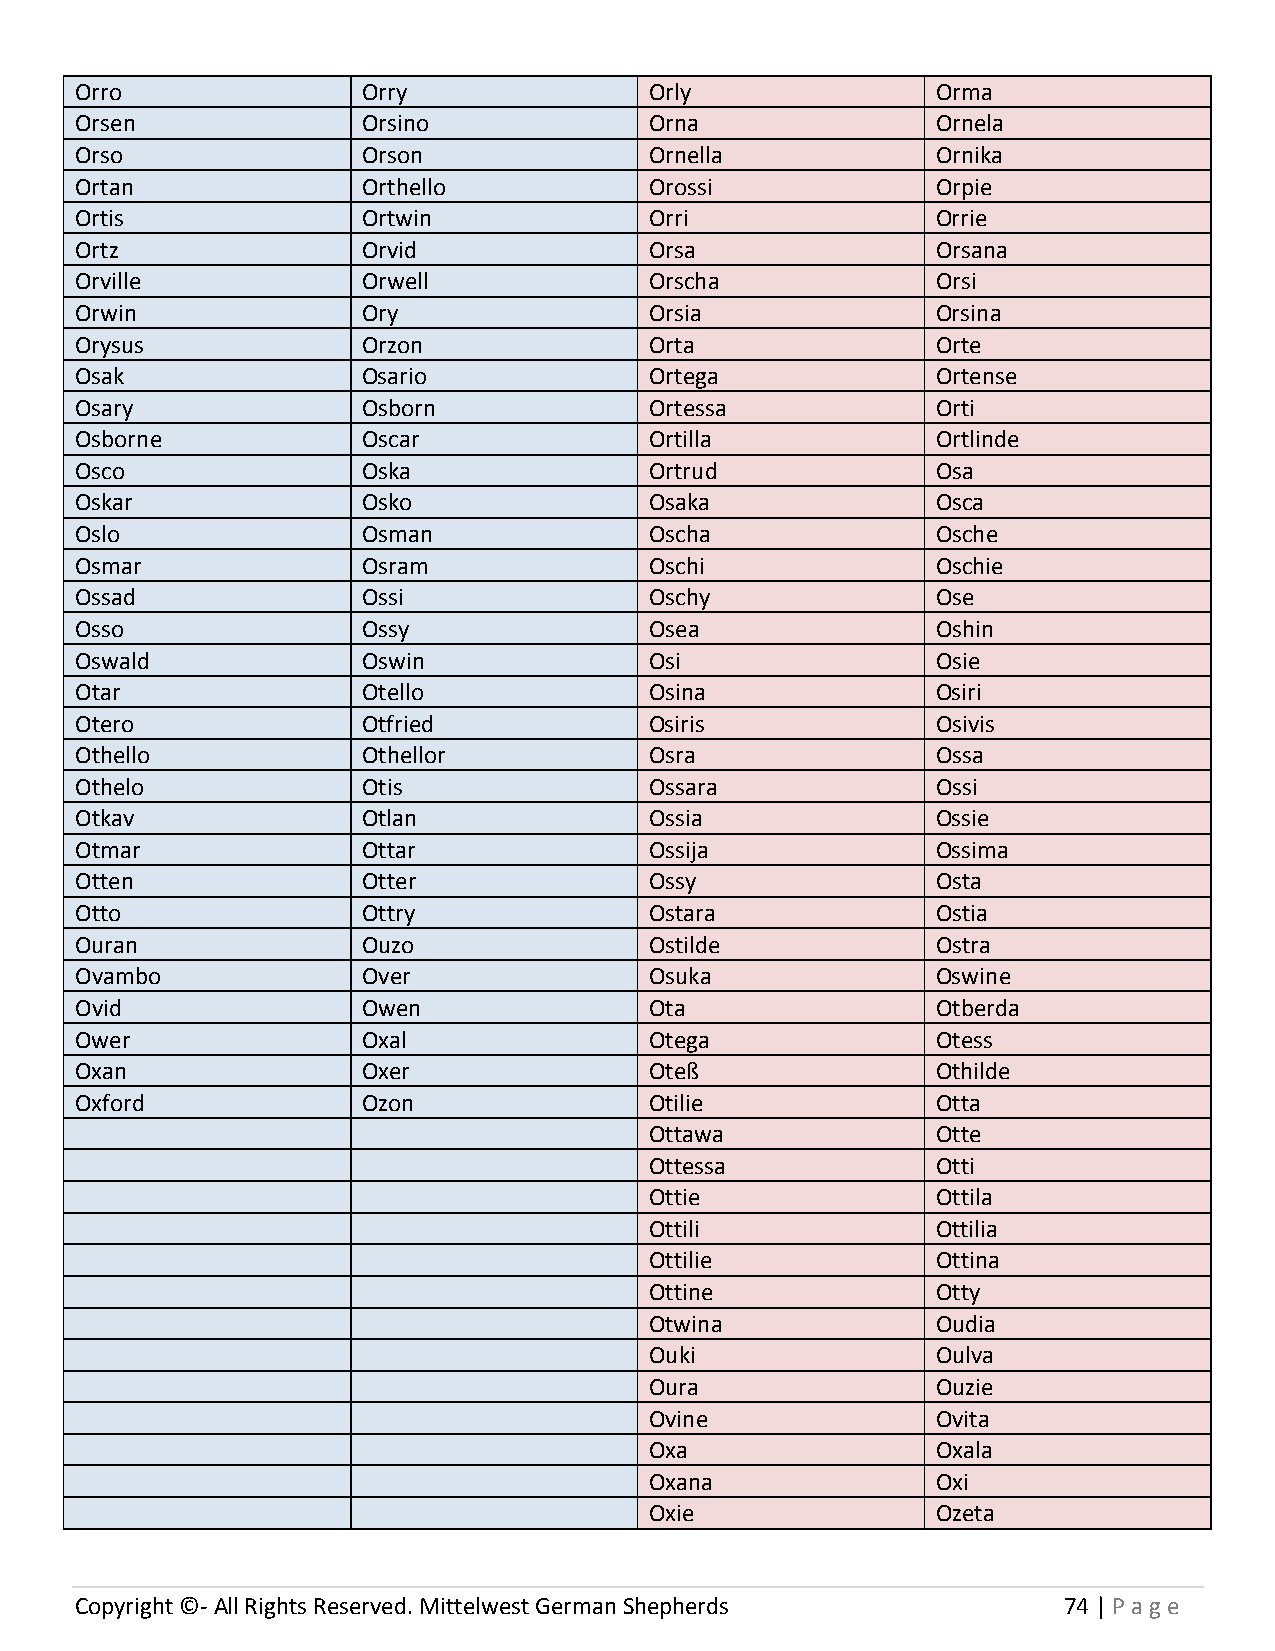
Orro               Orry               Orly               Orma
 Orsen              Orsino             Orna               Ornela
 Orso               Orson              Ornella            Ornika
 Ortan              Orthello           Orossi             Orpie
 Ortis              Ortwin             Orri               Orrie
 Ortz               Orvid              Orsa               Orsana
 Orville            Orwell             Orscha             Orsi
 Orwin              Ory                Orsia              Orsina
 Orysus             Orzon              Orta               Orte
 Osak               Osario             Ortega             Ortense
 Osary              Osborn             Ortessa            Orti
 Osborne            Oscar              Ortilla            Ortlinde
 Osco               Oska               Ortrud             Osa
 Oskar              Osko               Osaka              Osca
 Oslo               Osman              Oscha              Osche
 Osmar              Osram              Oschi              Oschie
 Ossad              Ossi               Oschy              Ose
 Osso               Ossy               Osea               Oshin
 Oswald             Oswin              Osi                Osie
 Otar               Otello             Osina              Osiri
 Otero              Otfried            Osiris             Osivis
 Othello            Othellor           Osra               Ossa
 Othelo             Otis               Ossara             Ossi
 Otkav              Otlan              Ossia              Ossie
 Otmar              Ottar              Ossija             Ossima
 Otten              Otter              Ossy               Osta
 Otto               Ottry              Ostara             Ostia
 Ouran              Ouzo               Ostilde            Ostra
 Ovambo             Over               Osuka              Oswine
 Ovid               Owen               Ota                Otberda
 Ower               Oxal               Otega              Otess
 Oxan               Oxer               Oteß               Othilde
 Oxford             Ozon               Otilie             Otta
 Ottawa             Otte
 Ottessa            Otti
 Ottie              Ottila
 Ottili             Ottilia
 Ottilie            Ottina
 Ottine             Otty
 Otwina             Oudia
 Ouki               Oulva
 Oura               Ouzie
 Ovine              Ovita
 Oxa                Oxala
 Oxana              Oxi
 Oxie               Ozeta
 Copyright ©- All Rights Reserved. Mittelwest German Shepherds    74 | P age